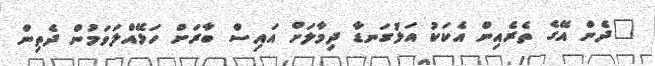
"ދެން އޭގެ ތެރެއިން އެކަކު އަޅުގަނޑާ ދިމާލަށް އައިސް ބާރަށް ހަޅޭއްލަވަމުން ދެތިން